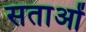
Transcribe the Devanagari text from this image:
सताओं